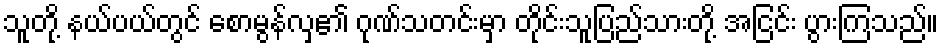
သူတို့ နယ်ပယ်တွင် စောမွန်လှ၏ ဂုဏ်သတင်းမှာ တိုင်းသူပြည်သားတို့ အငြင်း ပွားကြသည်။